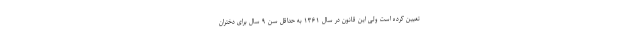
تعیین کرده است ولی این قانون در سال ۱۳۶۱ به حداقل سن ۹ سال برای دختران